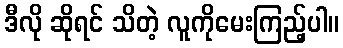
ဒီလို ဆိုရင် သိတဲ့ လူကိုမေးကြည့်ပါ။